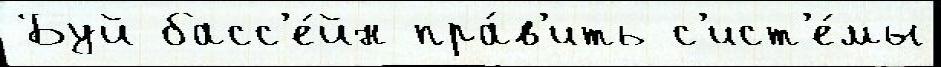
Буй басс'е́йн пра́в'ить с'ист'е́мы